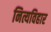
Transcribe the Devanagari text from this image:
नित्यविहार